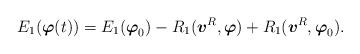
LaTeX: \begin{align*}E_{1}(\mbox{\mathversion{bold}$\varphi$}(t))=E_{1}(\mbox{\mathversion{bold}$\varphi$}_{0})-R_{1}(\mbox{\mathversion{bold}$v$}^{R},\mbox{\mathversion{bold}$\varphi$})+R_{1}(\mbox{\mathversion{bold}$v$}^{R},\mbox{\mathversion{bold}$\varphi$}_{0}).\end{align*}